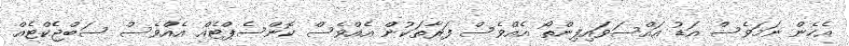
އެހެން ނަމަވެސް އަޑު އައްސަވައިފިންތޯ އެެއްވެސް ފަރާތަކުން އެއްވެސް ކޮންސެޕްޓެއް އެއްވެސް ސަބްޖެކްޓެއް